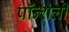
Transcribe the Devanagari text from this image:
पॉन्शेली